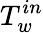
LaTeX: T_{w}^{in}